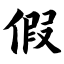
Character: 假